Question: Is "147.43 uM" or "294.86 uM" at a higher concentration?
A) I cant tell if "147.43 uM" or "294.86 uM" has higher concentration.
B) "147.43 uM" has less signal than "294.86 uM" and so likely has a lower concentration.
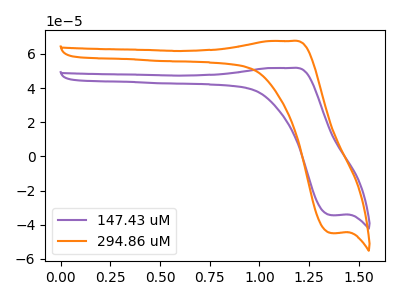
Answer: <think>The purple curve "147.43 uM" has an anodic peak at (1.15V, 51.80uA) and a cathodic peak at (1.35V, -34.40uA). The orange curve "294.86 uM" has an anodic peak at (1.15V, 67.55uA) and a cathodic peak at (1.35V, -44.90uA).
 All the peaks in "147.43 uM" have a peak in "294.86 uM" at the same potential. Every peak in "147.43 uM" is lower than every peak in "294.86 uM".</think>
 <answer>B) "147.43 uM" has less signal than "294.86 uM" and so likely has a lower concentration.</answer>
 <eval>B</eval>